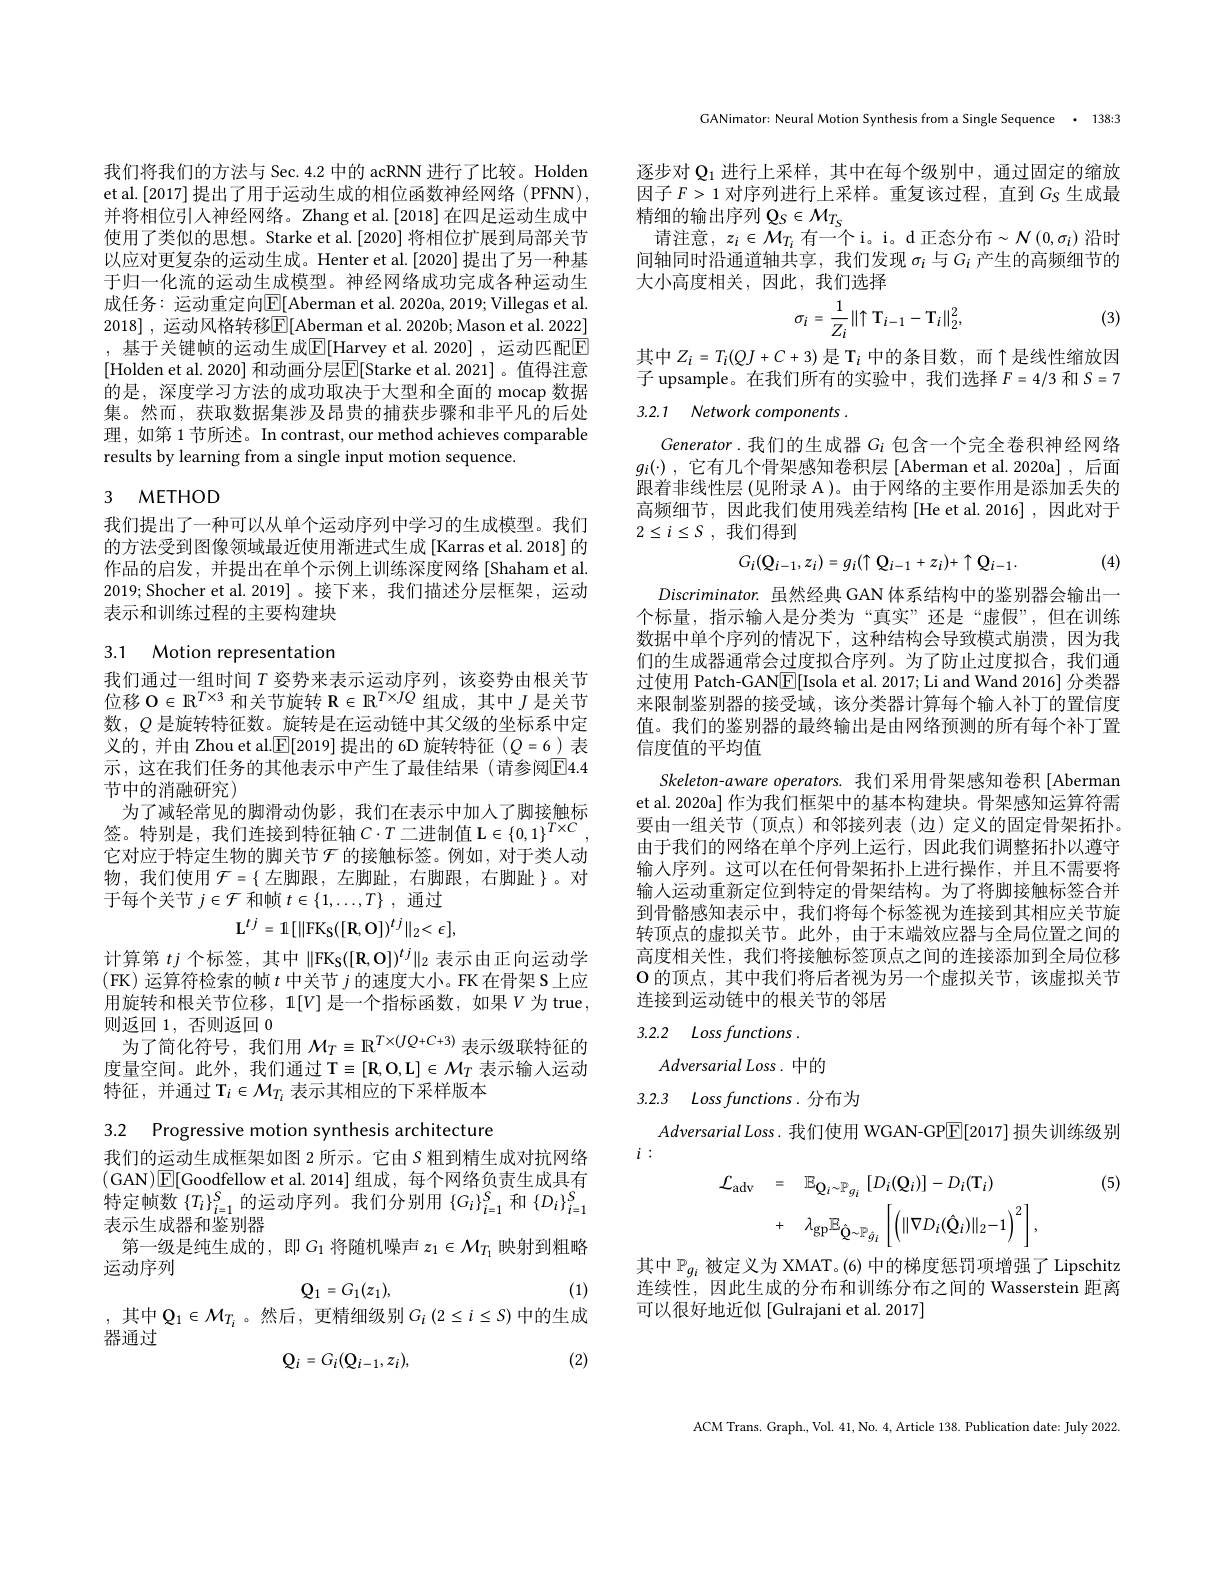
我们将我们的方法与 Sec. 4.2 中的 acRNN 进行了比较。Holden et al.[2017] 提出了用于运动生成的相位函数神经网络(PFNN), 并将相位引人神经网络。Zhang et al.[2018] 在四足运动生成中使用了类似的思想。Starke et al.[2020] 将相位扩展到局部关节以应对更复杂的运动生成。Henter et al.[2020] 提出了另一种基于归一化流的运动生成模型。神经网络成功完成各种运动生成任务：运动重定向$\boxed{\mathrm{E}}[$Aberman et al. 2020a, 2019; Villegas et al. 2018] ,运动风格转移$\overline{\mathbb{E}}[$Aberman et al. 2020b; Mason et al. 2022] , 基于关键帧的运动生成$\boxed{\mathrm{E} }[$Harvey et al. 2020],运动匹配$\boxed{\mathrm{F}}$ [Holden et al. 2020] 和动画分层$\overline{\mathrm{E}}[$Starke et al. 2021]。值得注意的是，深度学习方法的成功取决于大型和全面的 mocap 数据集。然而，获取数据集涉及昂贵的捕获步骤和非平凡的后处理，如第 1 节所述。In contrast, our method achieves comparable results by learning from a single input motion sequence.

## 3 $METHOD$

我们提出了一种可以从单个运动序列中学习的生成模型。我们的方法受到图像领域最近使用渐进式生成[Karras et al. 2018] 的作品的启发，并提出在单个示例上训练深度网络[Shaham et al. 2019; Shocher et al.2019]。接下来，我们描述分层框架，运动表示和训练过程的主要构建块

3.1 Motion representation

我们通过一组时间$T$姿势来表示运动序列，该姿势由根关节位移$\mathcal{O}\in\mathbb{R}^T\times3$和关节旋转$\mathbf{R}\in\mathbb{R}^T\times JQ$组成，其中$J$是关节数，$Q$是旋转特征数。旋转是在运动链中其父级的坐标系中定义的，并由 Zhou et al.$\mathbb{E}[2019]$提出的 6D 旋转特征(Q=6)表示 , 这在我们任务的其他表示中产生了最佳结果 (请参阅$\boxed{\mathrm{E}}4.4$ 节中的消融研究)
为了减轻常见的脚滑动伪影，我们在表示中加人了脚接触标签。特别是，我们连接到特征轴$C\cdot T$二进制值 L $\in\{0,1\}^T\times C$ 它对应于特定生物的脚关节$\mathcal{F}$ 的接触标签。例如，对于类人动物，我们使用$\mathcal{F}=\{$ 左脚跟 , 左脚趾，右脚跟 , 右脚趾 $\}$。对于每个关节$j\in\mathcal{F}$和帧$t\in\{1,\ldots,T\}$ ,通过
$$\mathbf{L}^{t\:j}=\mathbb{1}[\|\mathrm{FK}_{\mathrm{S}}([\mathrm{R},\mathrm{O}])^{t\:j}\|_{2}<\epsilon],$$
计算第$tj$个标签，其中$\| \mathrm{FK}_{\mathrm{S} }( [ \mathbf{R} , \mathbf{O} ] ) ^{tj}\| _{2}$表示由正向运动学(FK) 运算符检索的帧$t$中关节$j$的速度大小。FK 在骨架 S 上应用旋转和根关节位移，1$[V]$是一个指标函数，如果$V$为 true, 则返回1，否则返回0
为了简化符号，我们用$\mathcal{M}_T\equiv\mathbb{R}^{T\times(JQ+C+3)}$表示级联特征的度量空间。此外，我们通过 T$\equiv[\mathbf{R},\mathbf{O},\mathbf{L}]\in\mathcal{M}_T$表示输人运动特征，并通过 T$_i\in\mathcal{M}_{T_i}$表示其相应的下采样版本

3.2 Progressive motion synthesis architecture

我们的运动生成框架如图 2 所示。它由$S$粗到精生成对抗网络(GAN$)\boxed{\mathrm{E}}[$Goodfellow et al.2014] 组成，每个网络负责生成具有特定帧数$\{T_{i}\}_{i=1}^{S}$的运动序列。我们分别用$\{G_{i}\}_{i=1}^{S}$和$\{D_{i}\}_{i=1}^{S}$ 表示生成器和鉴别器
第一级是纯生成的，即$G_1$将随机噪声 $z_1\in\mathcal{M}_{T_1}$ 映射到粗略
运动序列
$$\mathbf{Q}_1=G_1(z_1),$$
(1)

,其中$\mathbb{Q}_1\in\mathcal{M}_{T_i}$。然后，更精细级别$G_i\left(2\leq i\leq S\right)$中的生成
器通过
$$\mathbf{Q}_i=G_i(\mathbf{Q}_{i-1},z_i),$$
(2)

GANimator: Neural Motion Synthesis from a Single Sequence · 138:3

逐步对$\mathbb{Q}_1$进行上采样，其中在每个级别中，通过固定的缩放因子$F>1$对序列进行上采样。重复该过程，直到$G_\mathrm{S}$生成最精细的输出序列$\mathbb{Q}_S\in\mathcal{M}_{T_S}$
请注意，$z_i\in\mathcal{M}_{T_i}$ 有一个 i。i。d 正态分布$\sim\mathcal{N}(0,\sigma_i)$ 沿时间轴同时沿通道轴共享，我们发现$\sigma_i$与$G_i$产生的高频细节的大小高度相关，因此，我们选择

(3)
$$\sigma_{i}=\frac{1}{Z_{i}}\|\uparrow\:\mathrm{T}_{i-1}-\mathrm{T}_{i}\|_{2}^{2},$$
其中$Z_i=T_i(QJ+C+3)$ 是 T$_i$ 中的条目数，而$\uparrow$是线性缩放因子 upsample。在我们所有的实验中，我们选择$F=4/3$和$S=7$

# 3.2.1 Network components Jilis

$Generator.$我们的生成器 $G_i$ 包含一个完全卷积神经网络$g_i(\cdot)$ ,它有几个骨架感知卷积层[Aberman et al.2020a] ,后面跟着非线性层(见附录 A)。由于网络的主要作用是添加丢失的高频细节，因此我们使用残差结构[He et al.2016],因此对于$2\leq i\leq S$ , 我们得到
$$G_i(\mathbf{Q}_{i-1},z_i)=g_i(\uparrow\:\mathbf{Q}_{i-1}+z_i)+\uparrow\:\mathbf{Q}_{i-1}.$$
(4)

$Discriminator.$虽然经典 GAN 体系结构中的鉴别器会输出一个标量，指示输入是分类为“真实”还是“虚假”,但在训练数据中单个序列的情况下，这种结构会导致模式崩溃，因为我们的生成器通常会过度拟合序列。为了防止过度拟合，我们通过使用 Patch-GAN$\boxed{\mathrm{E}}[$Isola et al. 2017; Li and Wand 2016] 分类器来限制鉴别器的接受域，该分类器计算每个输人补丁的置信度值。我们的鉴别器的最终输出是由网络预测的所有每个补丁置信度值的平均值
Skeleton-aware operators. 我们采用骨架感知卷积 [Aberman] et al. 2020a] 作为我们框架中的基本构建块。骨架感知运算符需要由一组关节(顶点)和邻接列表(边)定义的固定骨架拓扑。由于我们的网络在单个序列上运行，因此我们调整拓扑以遵守输人序列。这可以在任何骨架拓扑上进行操作，并且不需要将输人运动重新定位到特定的骨架结构。为了将脚接触标签合并到骨骼感知表示中，我们将每个标签视为连接到其相应关节旋转顶点的虚拟关节。此外，由于末端效应器与全局位置之间的高度相关性，我们将接触标签顶点之间的连接添加到全局位移$\mathbf{O}$的顶点，其中我们将后者视为另一个虚拟关节，该虚拟关节连接到运动链中的根关节的邻居

## 3.2.2 Lossfunctions .

Adversarial Loss . 中的

## 3.2.3 $Lossfunctions.$分布为

$AdversarialLoss.$我们使用 WGAN-GP$\boxed{\mathrm{E}}[2017]$损失训练级别
$i:$
$$\begin{aligned}\mathcal{L}_{\mathrm{adv}}&=\quad\mathbb{E}_{\mathbf{Q}_{i}\sim\mathbb{P}_{g_{i}}}\:[D_{i}(\mathbf{Q}_{i})]-D_{i}(\mathbf{T}_{i})\\&+\quad\lambda_{\mathrm{gp}}\mathbb{E}_{\hat{\mathbf{Q}}\sim\mathbb{P}_{\hat{g}_{i}}}\left[\left(\|\nabla D_{i}(\hat{\mathbf{Q}}_{i})\|_{2}-1\right)^{2}\right],\end{aligned}$$
(5)

其中$\mathbb{P}_g_i$ 被定义为 XMAT。(6) 中的梯度惩罚项增强了 Lipschitz 连续性，因此生成的分布和训练分布之间的 Wasserstein 距离可以很好地近似 [Gulrajani et al. 2017]

ACM Trans. Graph, Vol. 41, No. 4, Article 138. Publication date: July 2022